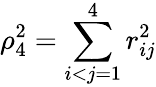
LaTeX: \rho_{4}^{2}=\sum_{i<j=1}^{4}r_{ij}^{2}